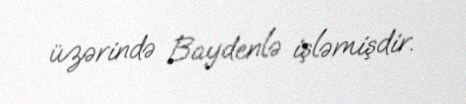
üzərində Baydenlə işləmişdir.